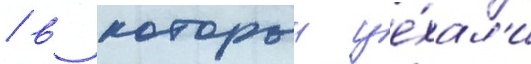
/ в которыи уе́хал'и